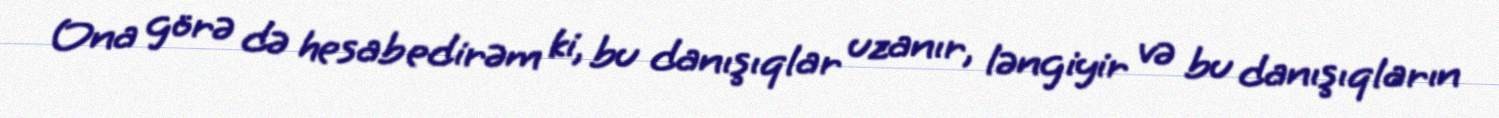
Ona görə də hesab edirəm ki, bu danışıqlar uzanır, ləngiyir və bu danışıqların